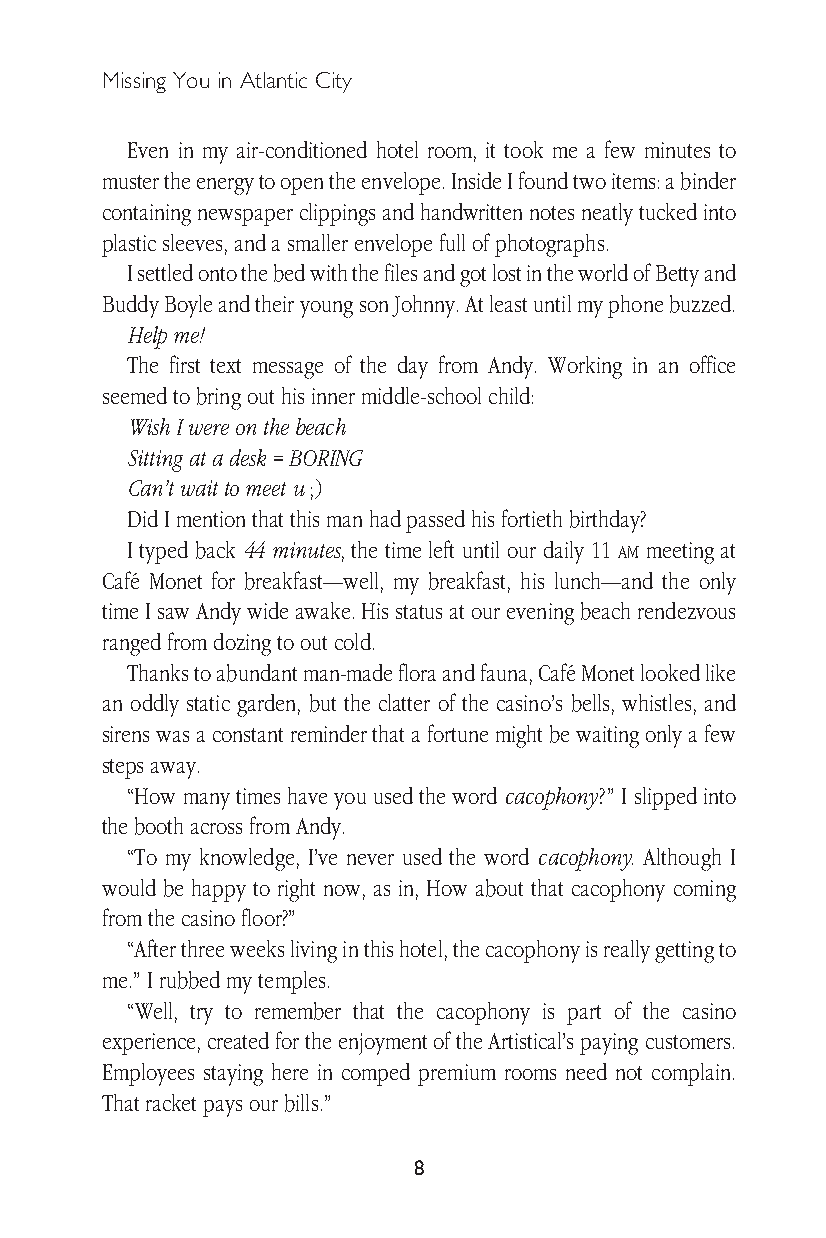
Missing You in Atlantic City
 Even in my air-conditioned hotel room, it took me a few minutes to
 muster the energy to open the envelope. Inside I found two items: a binder
 containing newspaper clippings and handwritten notes neatly tucked into
 plastic sleeves, and a smaller envelope full of photographs.
 I settled onto the bed with the files and got lost in the world of Betty and
 Buddy Boyle and their young son Johnny. At least until my phone buzzed.
 Help me!
 The first text message of the day from Andy. Working in an office
 seemed to bring out his inner middle-school child:
 Wish I were on the beach
 Sitting at a desk = BORING
 Can’t wait to meet u ;)
 Did I mention that this man had passed his fortieth birthday?
 I typed back 44 minutes, the time left until our daily 11 am meeting at
 Café Monet for breakfast—well, my breakfast, his lunch—and the only
 time I saw Andy wide awake. His status at our evening beach rendezvous
 ranged from dozing to out cold.
 Thanks to abundant man-made flora and fauna, Café Monet looked like
 an oddly static garden, but the clatter of the casino’s bells, whistles, and
 sirens was a constant reminder that a fortune might be waiting only a few
 steps away.
 “How many times have you used the word cacophony?” I slipped into
 the booth across from Andy.
 “To my knowledge, I’ve never used the word cacophony. Although I
 would be happy to right now, as in, How about that cacophony coming
 from the casino floor?”
 “After three weeks living in this hotel, the cacophony is really getting to
 me.” I rubbed my temples.
 “Well, try to remember that the cacophony is part of the casino
 experience, created for the enjoyment of the Artistical’s paying customers.
 Employees staying here in comped premium rooms need not complain.
 That racket pays our bills.”
 8